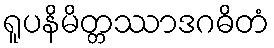
ရူပနိမိတ္တဿာဒဂဓိတံ